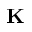
\mathbf { K }